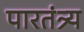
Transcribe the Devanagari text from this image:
पारतंत्र्य